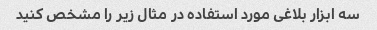
سه ابزار بلاغی مورد استفاده در مثال زیر را مشخص کنید